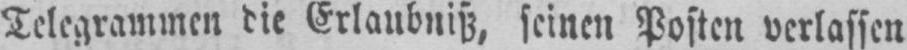
Telegrammen die Erlaubniß, seinen Posten verlassen